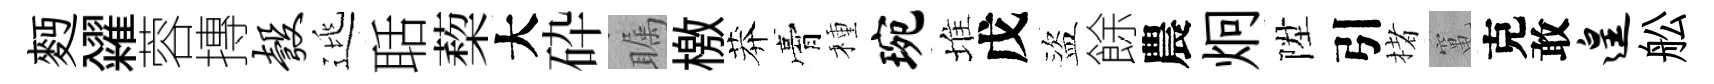
麪糴蓉摶彀逃聒蔾大砕瞩檄莽膏種琬堆戊盜餘農炯陞引楮𥧄克敢遑舩